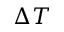
\Delta T